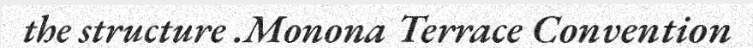
the structure .Monona Terrace Convention